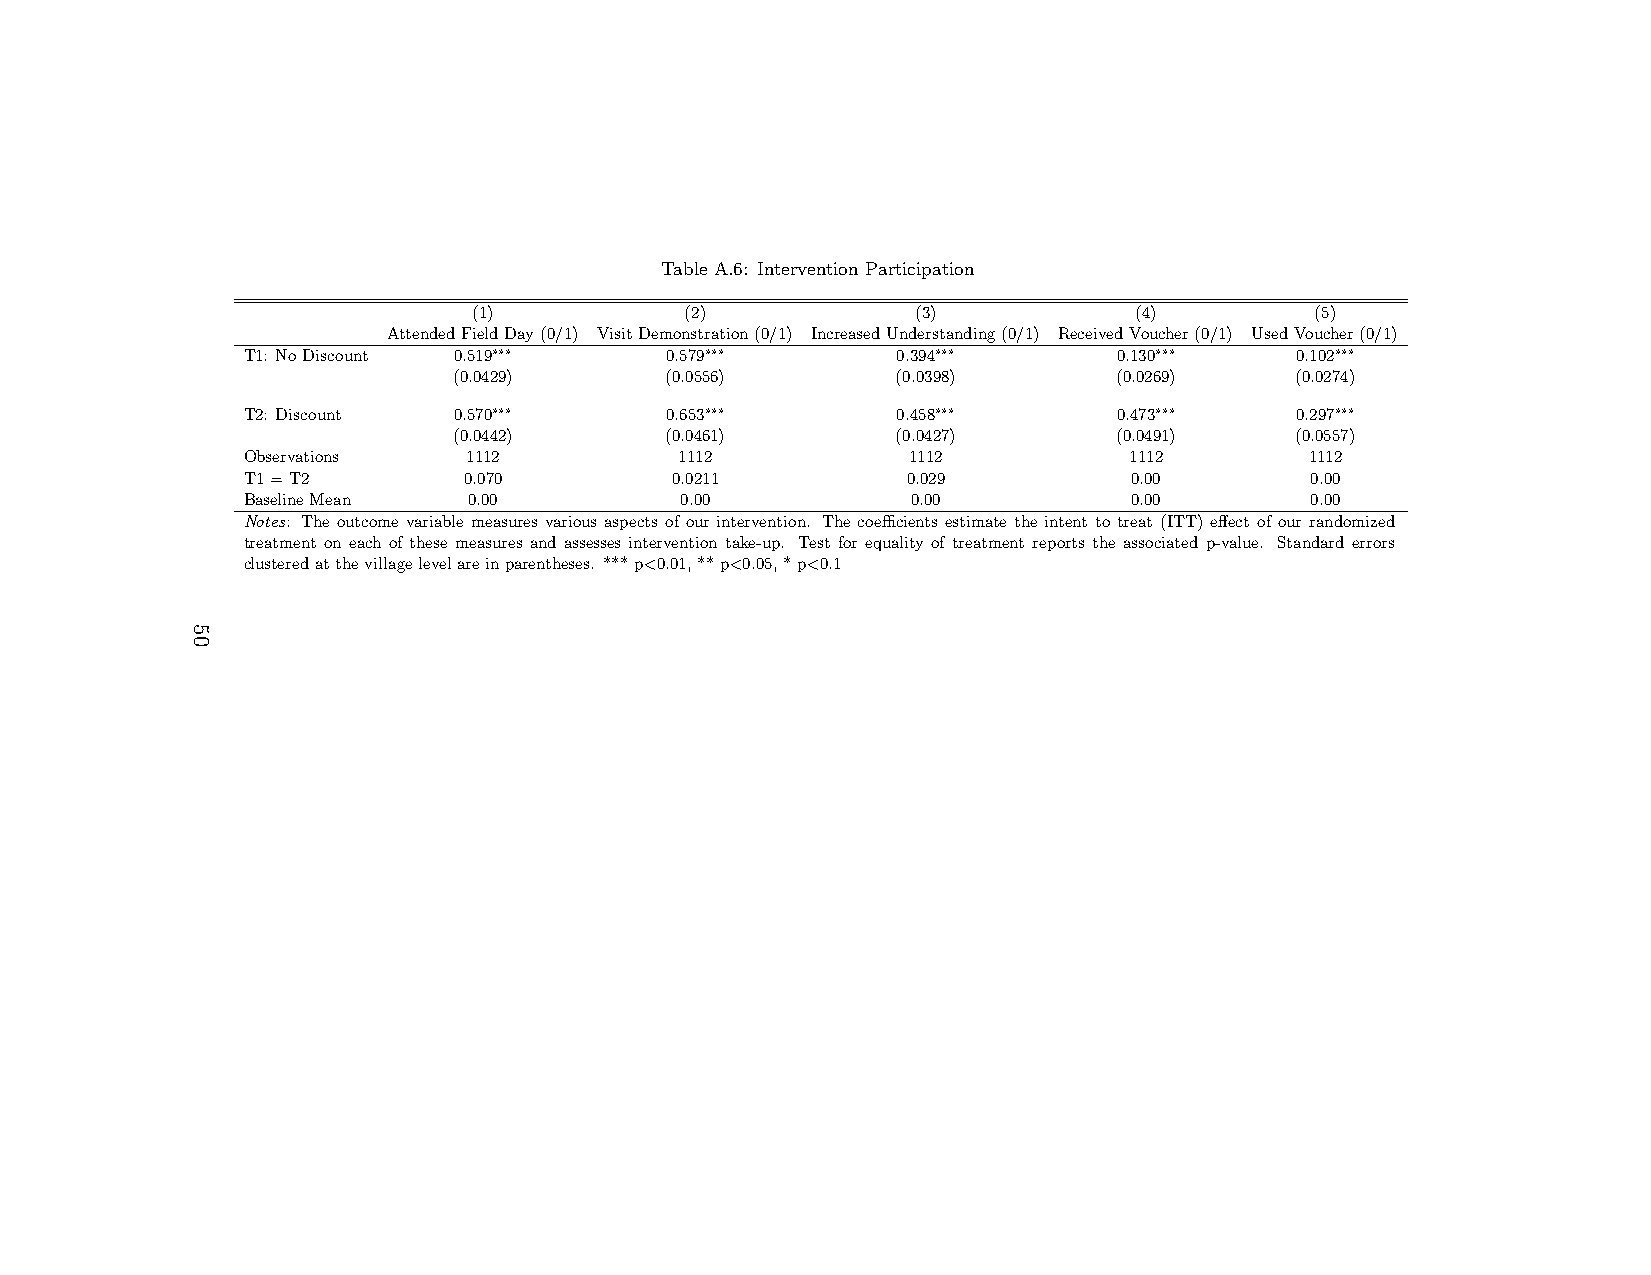
Table A.6: Intervention Participation
 (1)           (2)             (3)           (4)         (5)
 AttendedFieldDay(0/1) VisitDemonstration(0/1) IncreasedUnderstanding(0/1) ReceivedVoucher(0/1) UsedVoucher(0/1)
 T1: NoDiscount 0.519∗∗∗     0.579∗∗∗       0.394∗∗∗       0.130∗∗∗    0.102∗∗∗
 (0.0429)      (0.0556)       (0.0398)       (0.0269)    (0.0274)
 T2: Discount  0.570∗∗∗      0.653∗∗∗       0.458∗∗∗       0.473∗∗∗    0.297∗∗∗
 (0.0442)      (0.0461)       (0.0427)       (0.0491)    (0.0557)
 Observations   1112          1112           1112           1112        1112
 T1=T2          0.070        0.0211          0.029          0.00        0.00
 BaselineMean   0.00          0.00           0.00           0.00        0.00
 Notes: The outcome variable measures various aspects of our intervention. The coefficients estimate the intent to treat (ITT) effect of our randomized
 treatment on each of these measures and assesses intervention take-up. Test for equality of treatment reports the associated p-value. Standard errors
 clusteredatthevillagelevelareinparentheses. ***p<0.01,**p<0.05,*p<0.1
 50